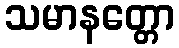
သမာနတ္တော